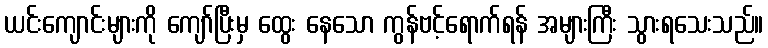
ယင်းကျောင်းများကို ကျော်ပြီးမှ ထွေး နေသော ကွန်ဗင့်ရောက်ရန် အများကြီး သွားရသေးသည်။